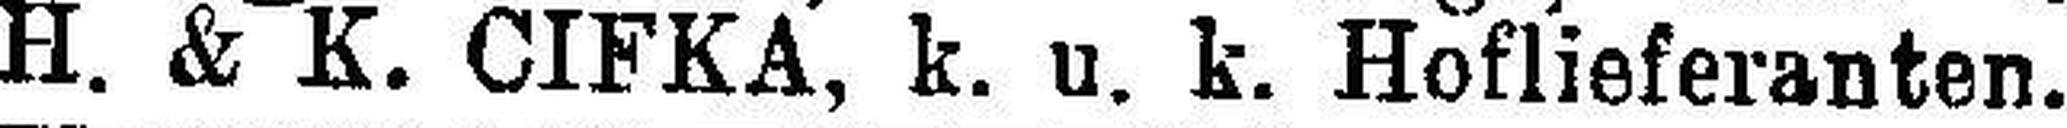
H. & K. CIFKA, k. u. k. Hoflieferanten. 6601